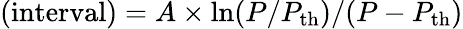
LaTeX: \mathrm{(interval)}=A\times\ln(P/P_{\mathrm{th}})/(P-P_{\mathrm{th}})